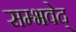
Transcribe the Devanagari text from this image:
सम्भवेद्